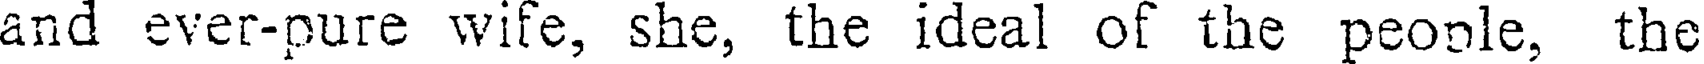
and ever-pure wife, she, the ideal of the peonle, the